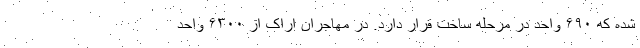
شده که ۶۹۰ واحد در مرحله ساخت قرار دارد. در مهاجران اراک از ۶۳۰۰ واحد